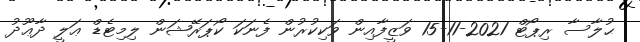
ޙުލާސާ ރިޕޯޓް 2021-11-15 ވަޒީފާއިން ވަކިކުރުން ފެނަކަ ކޯޕަރޭޝަން ލިމިޓެޑް ޢަލީ ދާޢޫދު